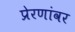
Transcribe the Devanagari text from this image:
प्रेरणांवर